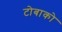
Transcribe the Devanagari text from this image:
टोबाको